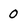
Character: 0